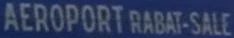
AEROPORT RABAT-SALE